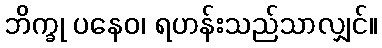
ဘိက္ခု ပနေဝ၊ ရဟန်းသည်သာလျှင်။